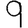
Digit: 9